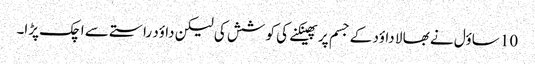
10 ساؤل نے بھا لا داؤد کے جسم پر پھینکنے کی کو شش کی لیکن داؤد راستے سے اچک پڑا۔